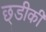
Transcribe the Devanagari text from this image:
छ्डीकी